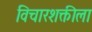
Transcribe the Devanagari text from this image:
विचारशक्तीला